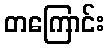
တကြောင်း